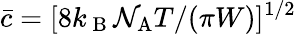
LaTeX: \bar{c}=[8k_{\mathrm{~B~}}\mathcal{N}_{\mathrm{A}}T/(\pi W)]^{1/2}